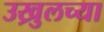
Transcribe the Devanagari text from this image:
उख्रुलच्या